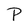
Character: P